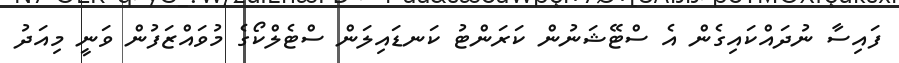
ފައިސާ ނުދައްކައިގެން އެ ސްޓޭޝަނުން ކަރަންޓު ކަނޑައިލަން ސްޓެލްކޯގެ މުވައްޒަފުން ވަނީ މިއަދު